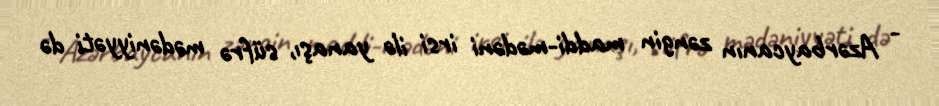
- Azərbaycanın zəngin maddi-mədəni irsi ilə yanaşı, süfrə mədəniyyəti də